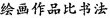
绘画作品比书法